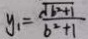
y _ { 1 } = \frac { \sqrt { b ^ { 2 } + 1 } } { b ^ { 2 } + 1 }